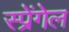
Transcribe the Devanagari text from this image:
स्प्रेंगेल